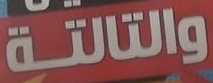
والتالتة